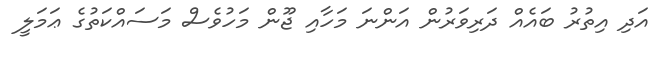
އަދި އިތުރު ބައެއް ދަރިވަރުން އަންނަ މަހާއި ޖޫން މަހުވެސް މަސައްކަތުގެ ޢަމަލީ